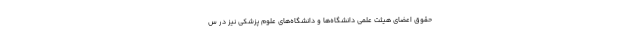
حقوق اعضای هیئت علمی دانشگاه‌ها و دانشگاه‌های علوم پزشکی نیز در س